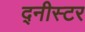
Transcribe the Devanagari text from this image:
द्नीस्टर